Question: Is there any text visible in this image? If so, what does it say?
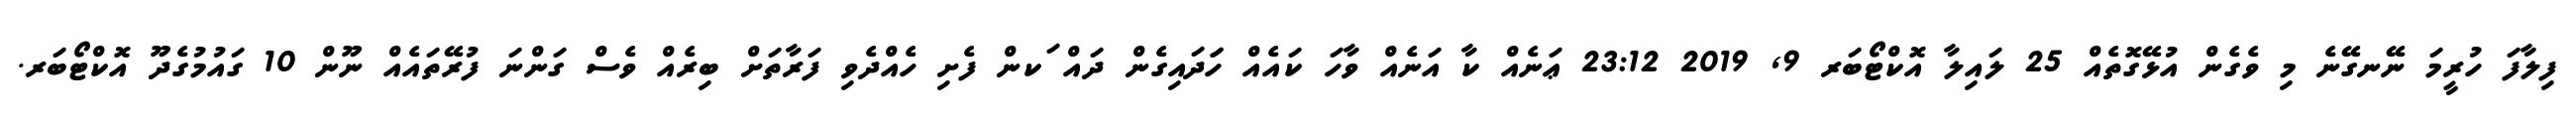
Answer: ފިލާފަ ހުރީމަ ނޭނގޭނެ މި ވެގެން އުޅޭގޮތެއް 25 ލައިލާ އޮކްޓޯބަރ 9, 2019 23:12 ޢަނެއް ކާ އަނެއް ވާހަ ކައެއް ހަަދައިގެން ދައް ަކން ފެށި ހެއްދެވި ފަރާތަށް ބިރެއް ވެސް ގަންނަ ފުރޭތައެއް ނޫން 10 ގައުމުގެދޫ އޮކްޓޯބަރ.